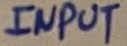
Text: INPUT